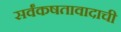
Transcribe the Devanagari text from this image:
सर्वंकषतावादाची